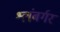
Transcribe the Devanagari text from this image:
श्लंबर्गर